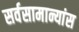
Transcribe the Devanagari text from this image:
सर्वसामान्यांस